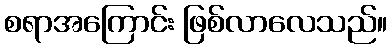
စရာအကြောင်း ဖြစ်လာလေသည်။